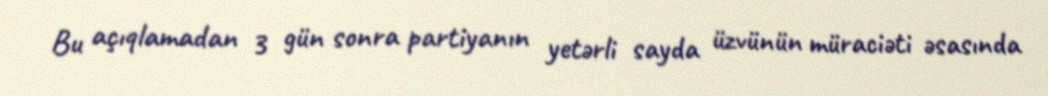
Bu açıqlamadan 3 gün sonra partiyanın yetərli sayda üzvünün müraciəti əsasında